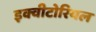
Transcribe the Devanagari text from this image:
इक्वीटोरियल